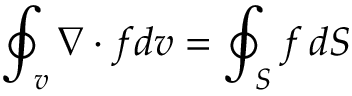
\oint _ { v } \nabla \cdot f d v = \oint _ { S } f \, d S